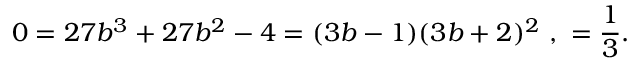
0 = 2 7 b ^ { 3 } + 2 7 b ^ { 2 } - 4 = ( 3 b - 1 ) ( 3 b + 2 ) ^ { 2 } \ , \ \b = \frac { 1 } { 3 } .